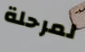
لمرحلة